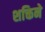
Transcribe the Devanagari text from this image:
शक्तिने